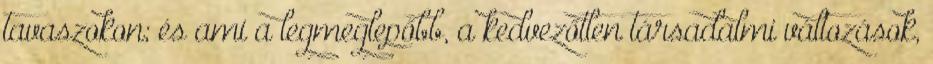
tavaszokon; és ami a legmeglepőbb, a kedvezőtlen társadalmi változások,